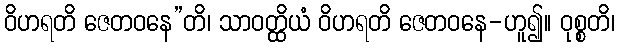
ဝိဟရတိ ဇေတဝနေ”တိ၊ သာဝတ္ထိယံ ဝိဟရတိ ဇေတဝနေ-ဟူ၍။ ဝုစ္စတိ၊